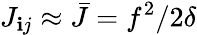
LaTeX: J_{\mathbf{i}j}\approx\bar{{J}}=f^{2}/2\delta